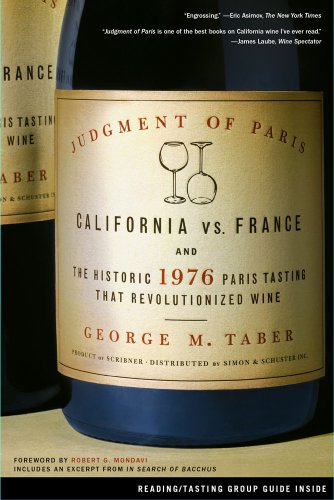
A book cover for Judgment of Paris; George M. Taber; Cookbooks, Food & Wine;